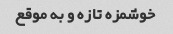
خوشمزه تازه و به موقع